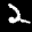
Label: 2